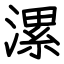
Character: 漯